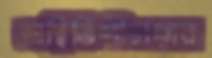
অস্থিতিশীলতার